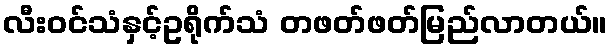
လီးဝင်သံနှင့်ဥရိုက်သံ တဖတ်ဖတ်မြည်လာတယ်။